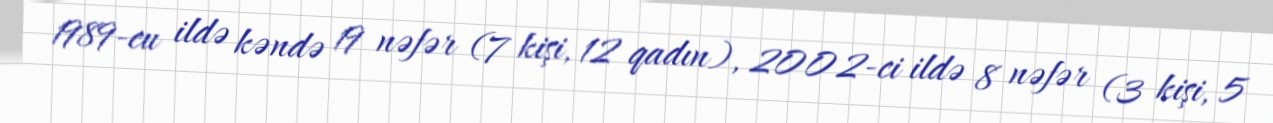
1989-cu ildə kəndə 19 nəfər (7 kişi, 12 qadın), 2002-ci ildə 8 nəfər (3 kişi, 5